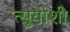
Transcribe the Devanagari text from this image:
त्सुयोशी